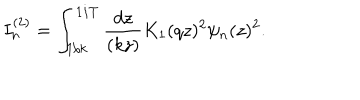
I _ { n } ^ { ( 2 ) } = \int _ { 1 / k } ^ { 1 / T } { \frac { d z } { ( k z ) } } K _ { 1 } ( q z ) ^ { 2 } \psi _ { n } ( z ) ^ { 2 } .